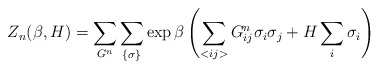
\begin{align*}Z_n(\beta, H) = \sum_{G^n}\sum_{\{ \sigma \}} \exp \beta \left( \sum_{<ij>} G^n_{ij} \sigma_i\sigma_j + H \sum_i \sigma_i \right) \end{align*}